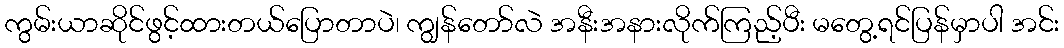
ကွမ်းယာဆိုင်ဖွင့်ထားတယ်ပြောတာပဲ၊ ကျွန်တော်လဲ အနီးအနားလိုက်ကြည့်ပီး မတွေ့ရင်ပြန်မှာပါ အင်း